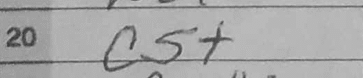
Transcription: c5+